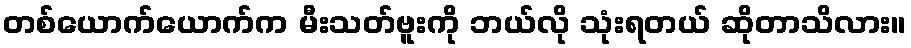
တစ်ယောက်ယောက်က မီးသတ်ဗူးကို ဘယ်လို သုံးရတယ် ဆိုတာသိလား။